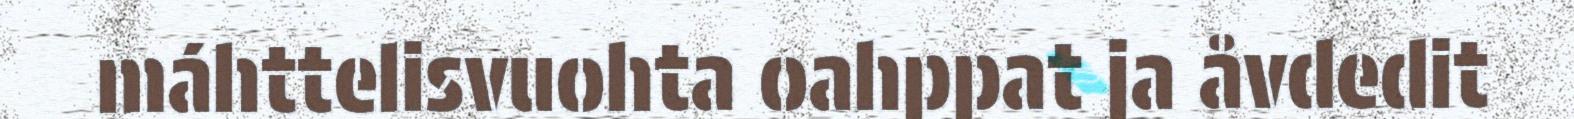
máhttelisvuohta oahppat ja åvdedit